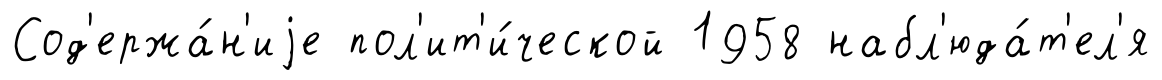
Сод'ержа́н'иjе пол'ит'и́ческой 1958 набл'юда́т'ел'я